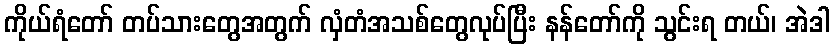
ကိုယ်ရံတော် တပ်သားတွေအတွက် လှံတံအသစ်တွေလုပ်ပြီး နန်တော်ကို သွင်းရ တယ်၊ အဲဒါ